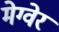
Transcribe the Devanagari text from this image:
मेग्वेर